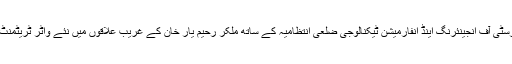
خواجہ فرید یونیورسٹی آف انجینئرنگ اینڈ انفارمیشن ٹیکنالوجی ضلعی انتظامیہ کے ساتھ ملکر رحیم یار خان کے غریب علاقوں میں نئے واٹر ٹریٹمنٹ پلانٹ لگائے گی۔